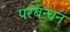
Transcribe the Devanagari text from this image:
परबन्धन